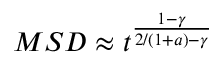
M S D \approx t ^ { \frac { 1 - \gamma } { 2 / ( 1 + a ) - \gamma } }